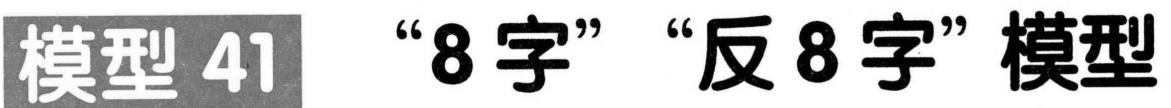
模型41 “8字” “反8字”模型